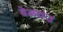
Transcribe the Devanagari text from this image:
बेळवउ